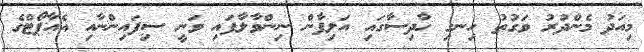
މިއަދު މެންދުރު ވަގުތު ހިނގި ހާދިސާގައި އަލިފާން ނިންވާލާފައި ވަނީ ސިފައިންނާއި އެއާޕޯޓްގެ